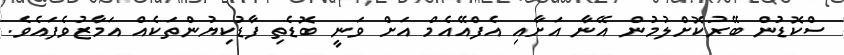
ސްކޮޑުން ބޭރުކޮށްލުމުން އޭނާ އަށާއި އެފްއޭއެމް އަށް ވަނީ ބޮޑެތި ފާޑުކިޔުންތަކެއް އަމާޒުވެފައެވެ.